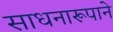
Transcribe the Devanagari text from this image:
साधनारूपाने